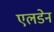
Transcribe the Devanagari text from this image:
एलडेन